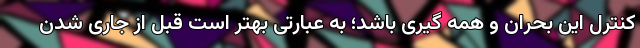
کنترل این بحران و همه گیری باشد؛ به عبارتی بهتر است قبل از جاری شدن